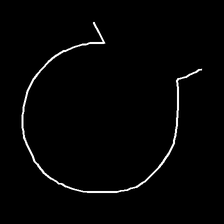
Glyph: weave